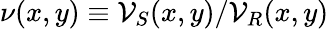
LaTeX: \nu(x,y)\equiv\mathcal{V}_{S}(x,y)/\mathcal{V}_{R}(x,y)